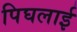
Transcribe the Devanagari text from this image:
पिघलाई